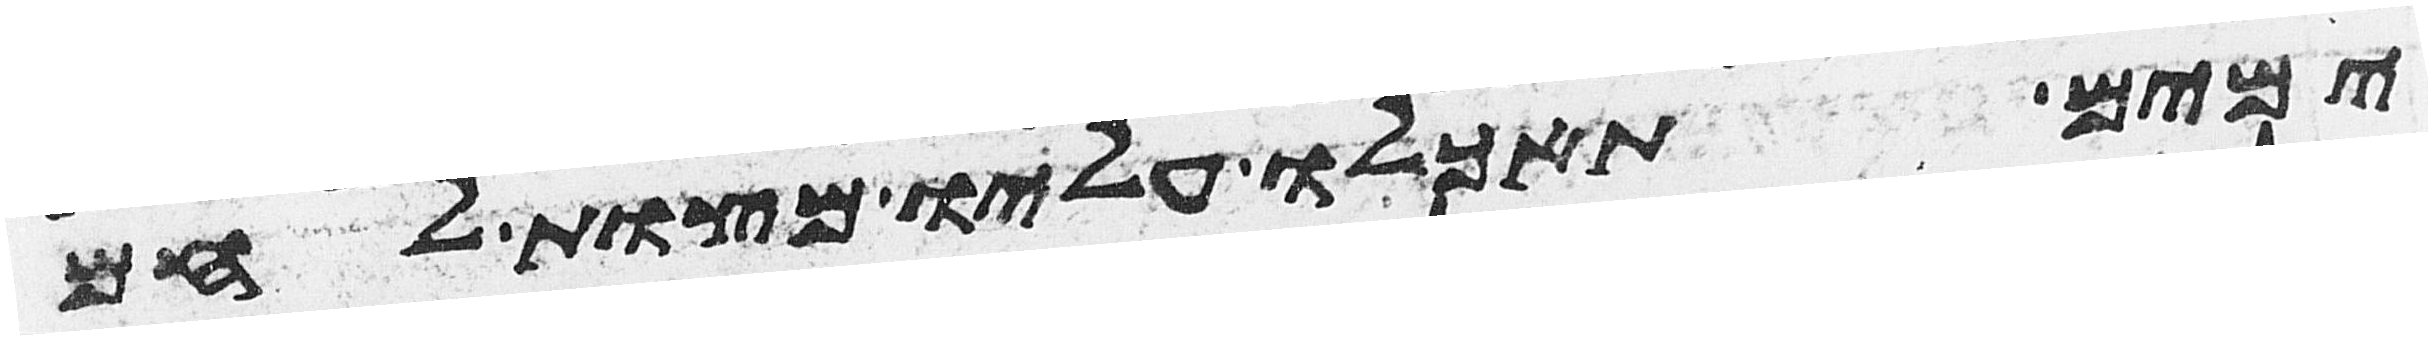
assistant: ימים תאכלו עליו מצות לחם